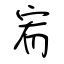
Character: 宥